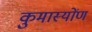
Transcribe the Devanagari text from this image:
कुमास्योंण